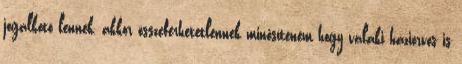
jogalkotó lennék, akkor összeférhetetlennek minősíteném hogy valaki háziorvos is